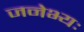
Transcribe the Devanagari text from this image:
जनेभ्यः